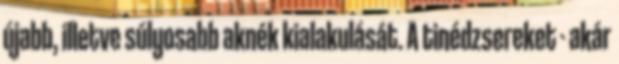
újabb, illetve súlyosabb aknék kialakulását. A tinédzsereket - akár